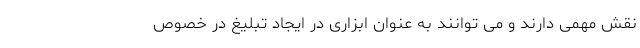
نقش مهمی دارند و می توانند به عنوان ابزاری در ایجاد تبلیغ در خصوص